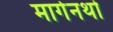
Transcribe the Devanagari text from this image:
मार्गेनथो